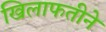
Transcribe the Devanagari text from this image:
खिलाफतीने